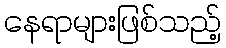
နေရာများဖြစ်သည့်